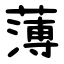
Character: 薄